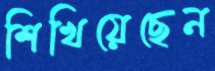
শিখিয়েছেন